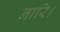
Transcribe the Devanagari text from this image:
नारि।